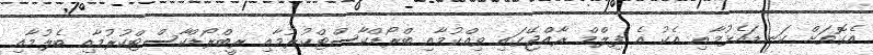
އެގޮތަށް ކަނޑައެޅުމާއި އެކު އެ ފިލްމް ރާއްޖޭގައި ވިއްކުމާއި ބްރޯޑްކާސްޓްކުރުމާއި ރީބްރޯޑްކާސްޓްކުރުމާއި ބެލުމާއި